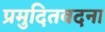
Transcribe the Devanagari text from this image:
प्रमुदितवदना